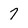
Character: 7